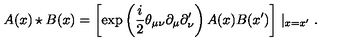
A ( x ) \star B ( x ) = \left[ \exp \left( \frac i 2 \theta _ { \mu \nu } \partial _ { \mu } \partial _ { \nu } ^ { \prime } \right) A ( x ) B ( x ^ { \prime } ) \right] \mid _ { x = x ^ { \prime } } .